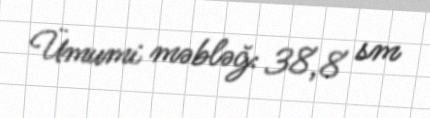
Ümumi məbləğ: 38,8 sm